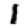
Digit: 1